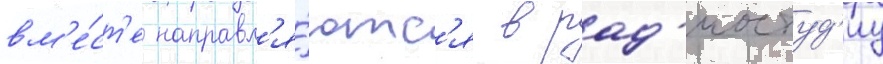
вм'е́ст'е направл'я́ютс'я в рад'иостуд'иу